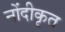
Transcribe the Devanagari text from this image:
नोंदीकृत